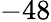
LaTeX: -48